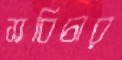
সবিচার